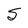
Character: S